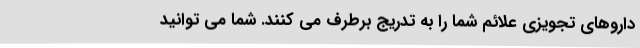
داروهای تجویزی علائم شما را به تدریج برطرف می کنند. شما می توانید